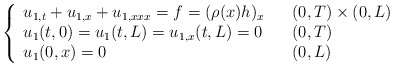
\begin{align*}\left\{\begin{array}[c]{lll}u_{1,t}+u_{1,x}+u_{1,xxx}= f = (\rho (x)h)_x & & ( 0,T) \times( 0,L) \\u_{1}( t,0) =u_{1}( t,L) =u_{1,x}( t,L) =0 & & ( 0,T) \\u_{1}( 0,x) =0 & & ( 0,L)\end{array}\right. \end{align*}